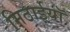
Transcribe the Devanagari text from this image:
मिठाईयाॅ